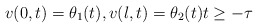
\begin{align*} v(0, t) = \theta_{1}(t), v(l, t) = \theta_{2}(t) t \geq -\tau \end{align*}